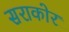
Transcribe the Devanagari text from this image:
सराकोर